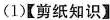
(1)【剪纸知识】